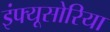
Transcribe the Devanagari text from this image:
इंफ्यूसोरिया